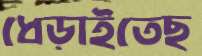
ধেড়াইতেছ